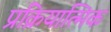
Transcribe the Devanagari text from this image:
प्रक्रियात्मिक